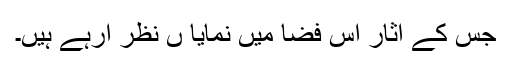
جس کے آثار اس فضا میں نمایا ں نظر آرہے ہیں۔